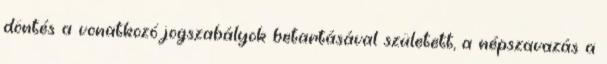
döntés a vonatkozó jogszabályok betartásával született, a népszavazás a